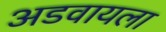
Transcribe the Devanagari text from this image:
अडवायला